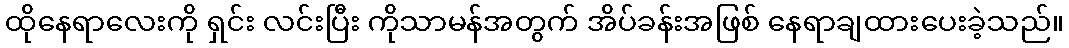
ထိုနေရာလေးကို ရှင်း လင်းပြီး ကိုသာမန်အတွက် အိပ်ခန်းအဖြစ် နေရာချထားပေးခဲ့သည်။